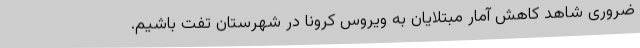
ضروری شاهد کاهش آمار مبتلایان به ویروس کرونا در شهرستان تفت باشیم.